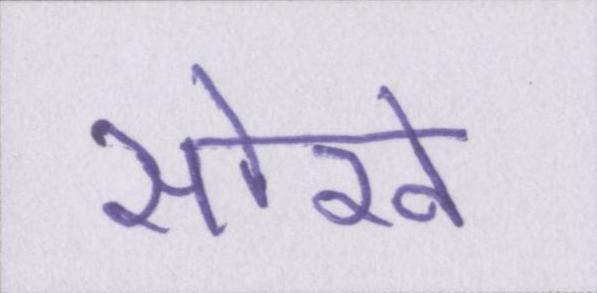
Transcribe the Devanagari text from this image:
सोखे